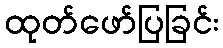
ထုတ်ဖော်ပြခြင်း